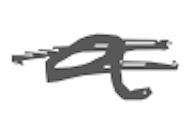
Text: a
Cross-out: double-line
Writing tool: digital_gray